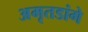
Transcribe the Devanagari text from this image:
अमृतडांगे